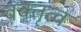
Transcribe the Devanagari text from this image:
वक्तृत्‍व